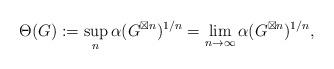
LaTeX: \begin{align*}\Theta(G):=\sup_n\alpha(G^{\boxtimes n})^{1/n}=\lim_{n\to\infty}\alpha(G^{\boxtimes n})^{1/n},\end{align*}